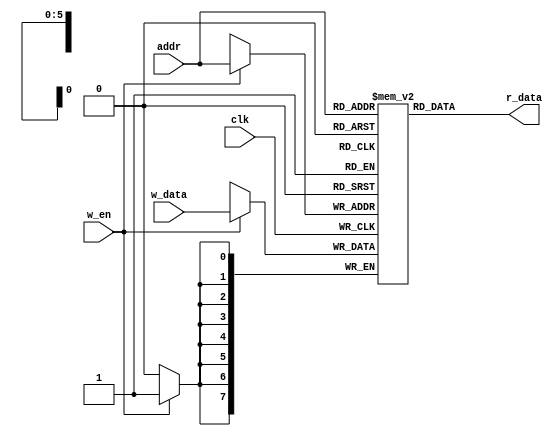
`timescale 1ns / 1ps


module RAM(
	   input  clk,
	   input  w_en,
	   input  [5:0] addr, 
	   input  [7:0] w_data,
	   output  [7:0] r_data
    );
    
reg [7:0] memorie_efectiva [0:63];   

assign r_data = memorie_efectiva[addr]; 
    
always@(posedge clk)
begin    
    if(w_en == 1)
    	begin
    	memorie_efectiva[addr] <= w_data;
    	end 
end    
    
endmodule